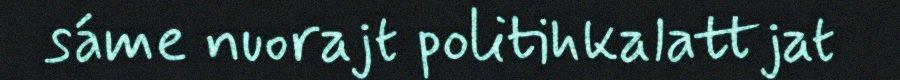
sáme nuorajt politihkalattjat